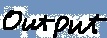
Text: Output